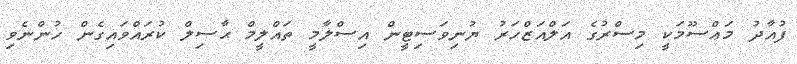
ފުއާދު މަޢްސޫމަކީ މިސްރުގެ އަލްއަޒްހަރު ޔުނިވަސިޓީން އިސްލާމީ ތައްލީމް ޙާސިލް ކުރައްވައިގެން ހުންނެވި